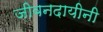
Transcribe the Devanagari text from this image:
जीवनदायीनी